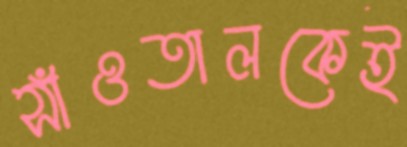
সাঁওতালকেই